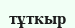
тұткыр